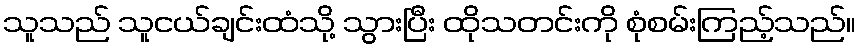
သူသည် သူငယ်ချင်းထံသို့ သွားပြီး ထိုသတင်းကို စုံစမ်းကြည့်သည်။